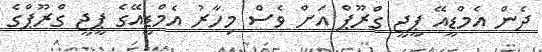
ދެން އެމްޑީއޭ ޕީޖީ ގްރޫޕް އަށް ވެސް މިހާރު އެމްޑީއޭގެ ޕީޖީ ގްރޫޕްގެ